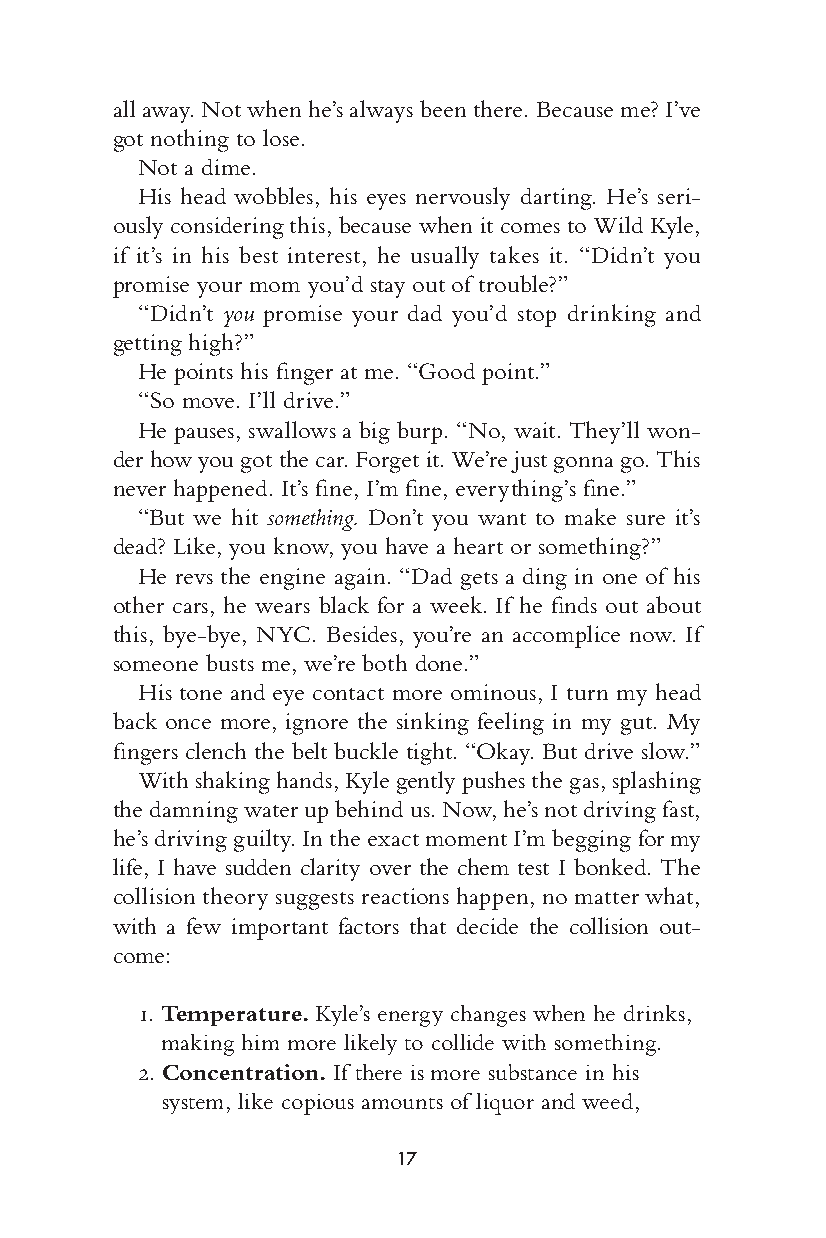
all away. Not when he’s always been there. Because me? I’ve
 got nothing to lose.
 Not a dime.
 His head wobbles, his eyes nerv ously darting. He’s seri-
 ously considering this, b ecause when it comes to Wild Kyle,
 if it’s in his best interest, he usually takes it. “D idn’t you
 promise your mom you’d stay out of trou ble?”
 “ Didn’t you promise your dad you’d stop drinking and
 getting high?”
 He points his fi n ger at me. “Good point.”
 “So move. I’ll drive.”
 He pauses, swallows a big burp. “No, wait. T hey’ll won-
 der how you got the car. Forget it. W e’re just gonna go. This
 never happened. It’s fi ne, I’m fi ne, every thing’s fi ne.”
 “But we hit something. Don’t you want to make sure it’s
 dead? Like, you know, you have a heart or something?”
 He revs the engine again. “Dad gets a ding in one of his
 other cars, he wears black for a week. If he fi nds out about
 this, bye-b ye, NYC. Besides, y ou’re an accomplice now. If
 someone busts me, w e’re both done.”
 His tone and eye contact more ominous, I turn my head
 back once more, ignore the sinking feeling in my gut. My
 fi n gers clench the belt buckle tight. “Okay. But drive slow.”
 With shaking hands, Kyle g ently pushes the gas, splashing
 the damning w ater up behind us. Now, he’s not driving fast,
 he’s driving guilty. In the exact moment I’m begging for my
 life, I have sudden clarity over the chem test I bonked. The
 collision theory suggests reactions happen, no m atter what,
 with a few import ant f actors that decide the collision out-
 come:
 1. Temperature. Kyle’s energy changes when he drinks,
 making him more likely to collide with something.
 2. C oncentration. If there is more substance in his —-1
 system, like copious amounts of liquor and weed, —0
 —+1
 17
 005533--6666667755__cchh0011__11PP..iinndddd 1177 1111//2244//1166 66::5566 PPMM